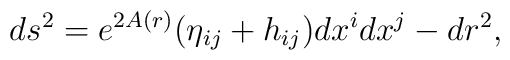
ds^2 = e^{2A(r)} (\eta_{ij} + h_{ij}) dx^idx^j - dr^2,